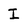
Character: I